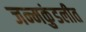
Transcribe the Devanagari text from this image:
जन्मकुंडलीत